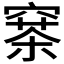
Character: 𥧣